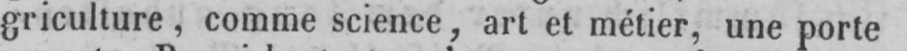
griculture, comme science, art et métier, une porte